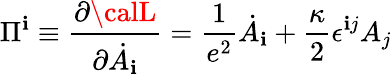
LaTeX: \Pi^{\mathbf{i}}\equiv{\frac{{\partial{\calL}}}{{\partial\dot{{A_{\mathbf{i}}}}}}}=\frac{{1}}{{e^{2}}}\dot{{A}}_{\mathbf{i}}+\frac{{\kappa}}{{2}}\epsilon^{\mathbf{i}j}A_{j}